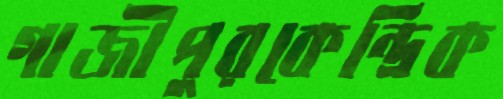
গাজীপুরকেন্দ্রিক